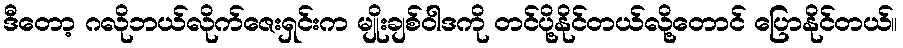
ဒီတော့ ဂလိုဘယ်လိုက်ဇေးရှင်းက မျိုးချစ်ဝါဒကို တင်ပို့နိုင်တယ်လို့တောင် ပြောနိုင်တယ်။